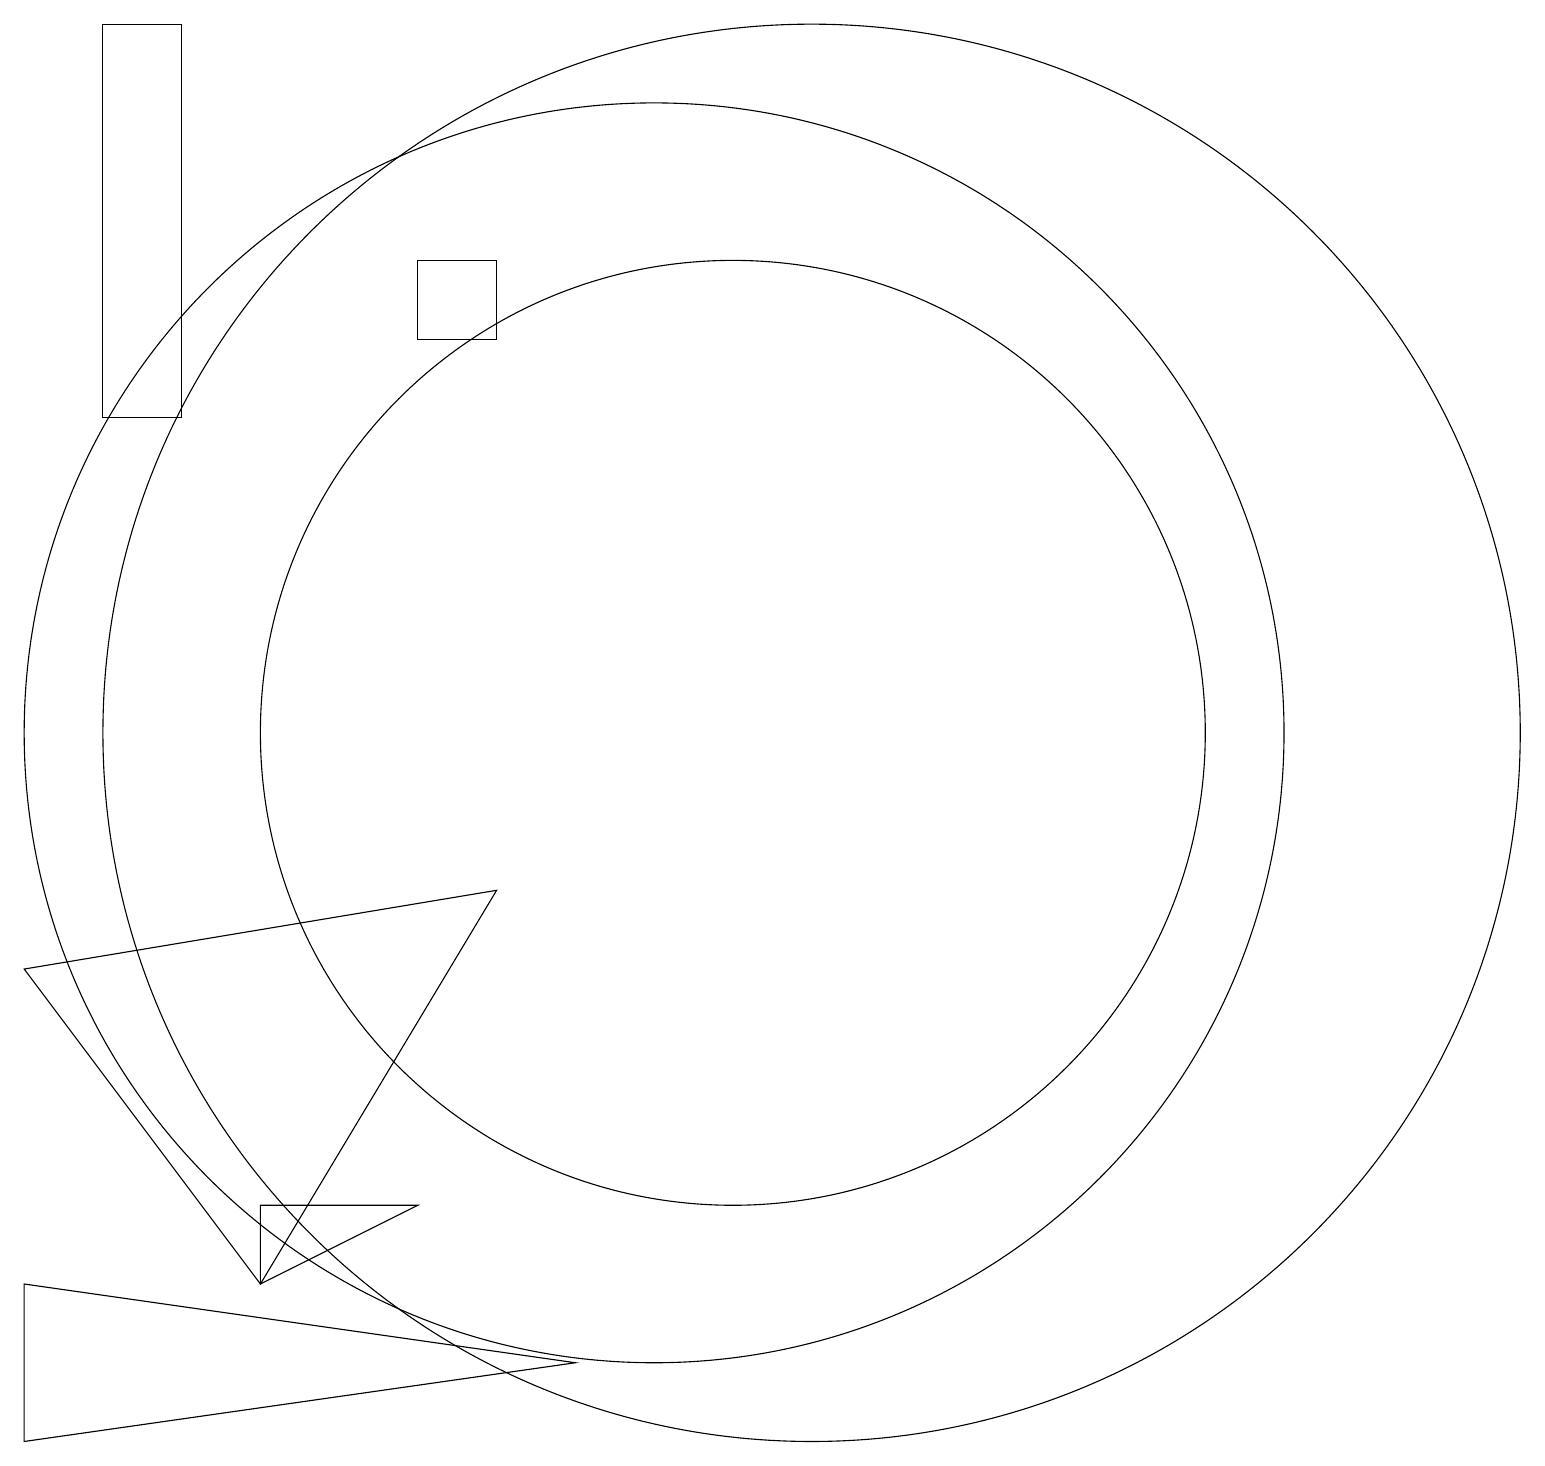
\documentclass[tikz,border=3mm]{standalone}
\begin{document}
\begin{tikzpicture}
\draw (5,4) -- (5,3) -- (7,4) -- cycle;
\draw (11,10) circle (6);
\draw (2,3) -- (9,2) -- (2,1) -- cycle;
\draw (8,15) rectangle (7,16);
\draw (4,14) rectangle (3,19);
\draw (12,10) circle (9);
\draw (10,10) circle (8);
\draw (2,7) -- (5,3) -- (8,8) -- cycle;
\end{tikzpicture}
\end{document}